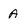
Character: A